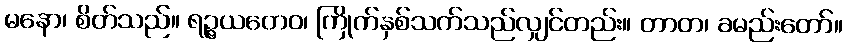
မနော၊ စိတ်သည်။ ရဉ္ဇယတေဝ၊ ကြိုက်နှစ်သက်သည်လျှင်တည်း။ တာတ၊ ခမည်းတော်။